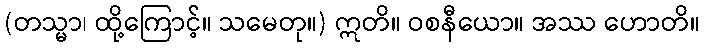
(တသ္မာ၊ ထို့ကြောင့်။ သမေတု။) ဣတိ။ ဝစနီယော။ အဿ ဟောတိ။